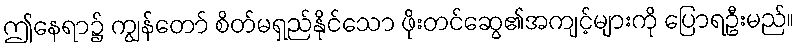
ဤနေရာ၌ ကျွန်တော် စိတ်မရှည်နိုင်သော ဖိုးတင်ဆွေ၏အကျင့်များကို ပြောရဦးမည်။